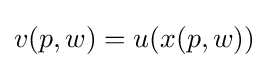
v(p,w)=u(x(p,w))